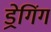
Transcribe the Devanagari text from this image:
ड्रेगिंग